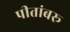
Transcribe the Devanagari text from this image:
पीतांबरू